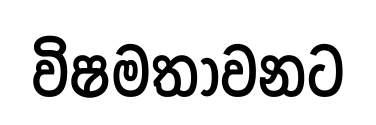
විෂමතාවනට